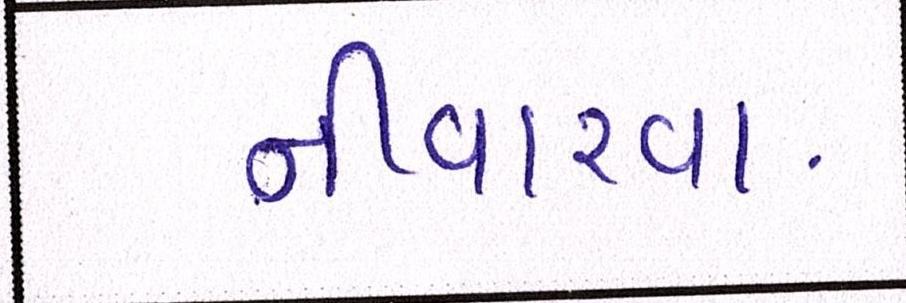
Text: નીવારવા